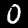
Label: 0